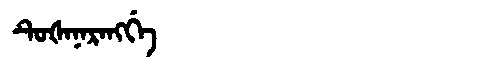
Manchu: ᡨᡠᡧᠠᠨᠠᡵᠠᠩᡤᡝ
Romanization: TUŠANARANGGE